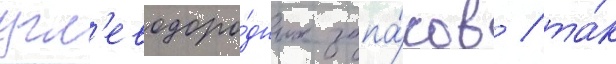
угл'еводоро́дных запа́сов / та́к